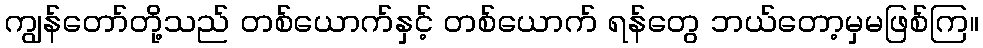
ကျွန်တော်တို့သည် တစ်ယောက်နှင့် တစ်ယောက် ရန်တွေ ဘယ်တော့မှမဖြစ်ကြ။